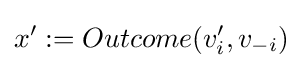
x':=Outcome(v_{i}',v_{-i})